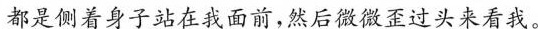
都是侧着身子站在我面前，然后微微歪过头来看我。